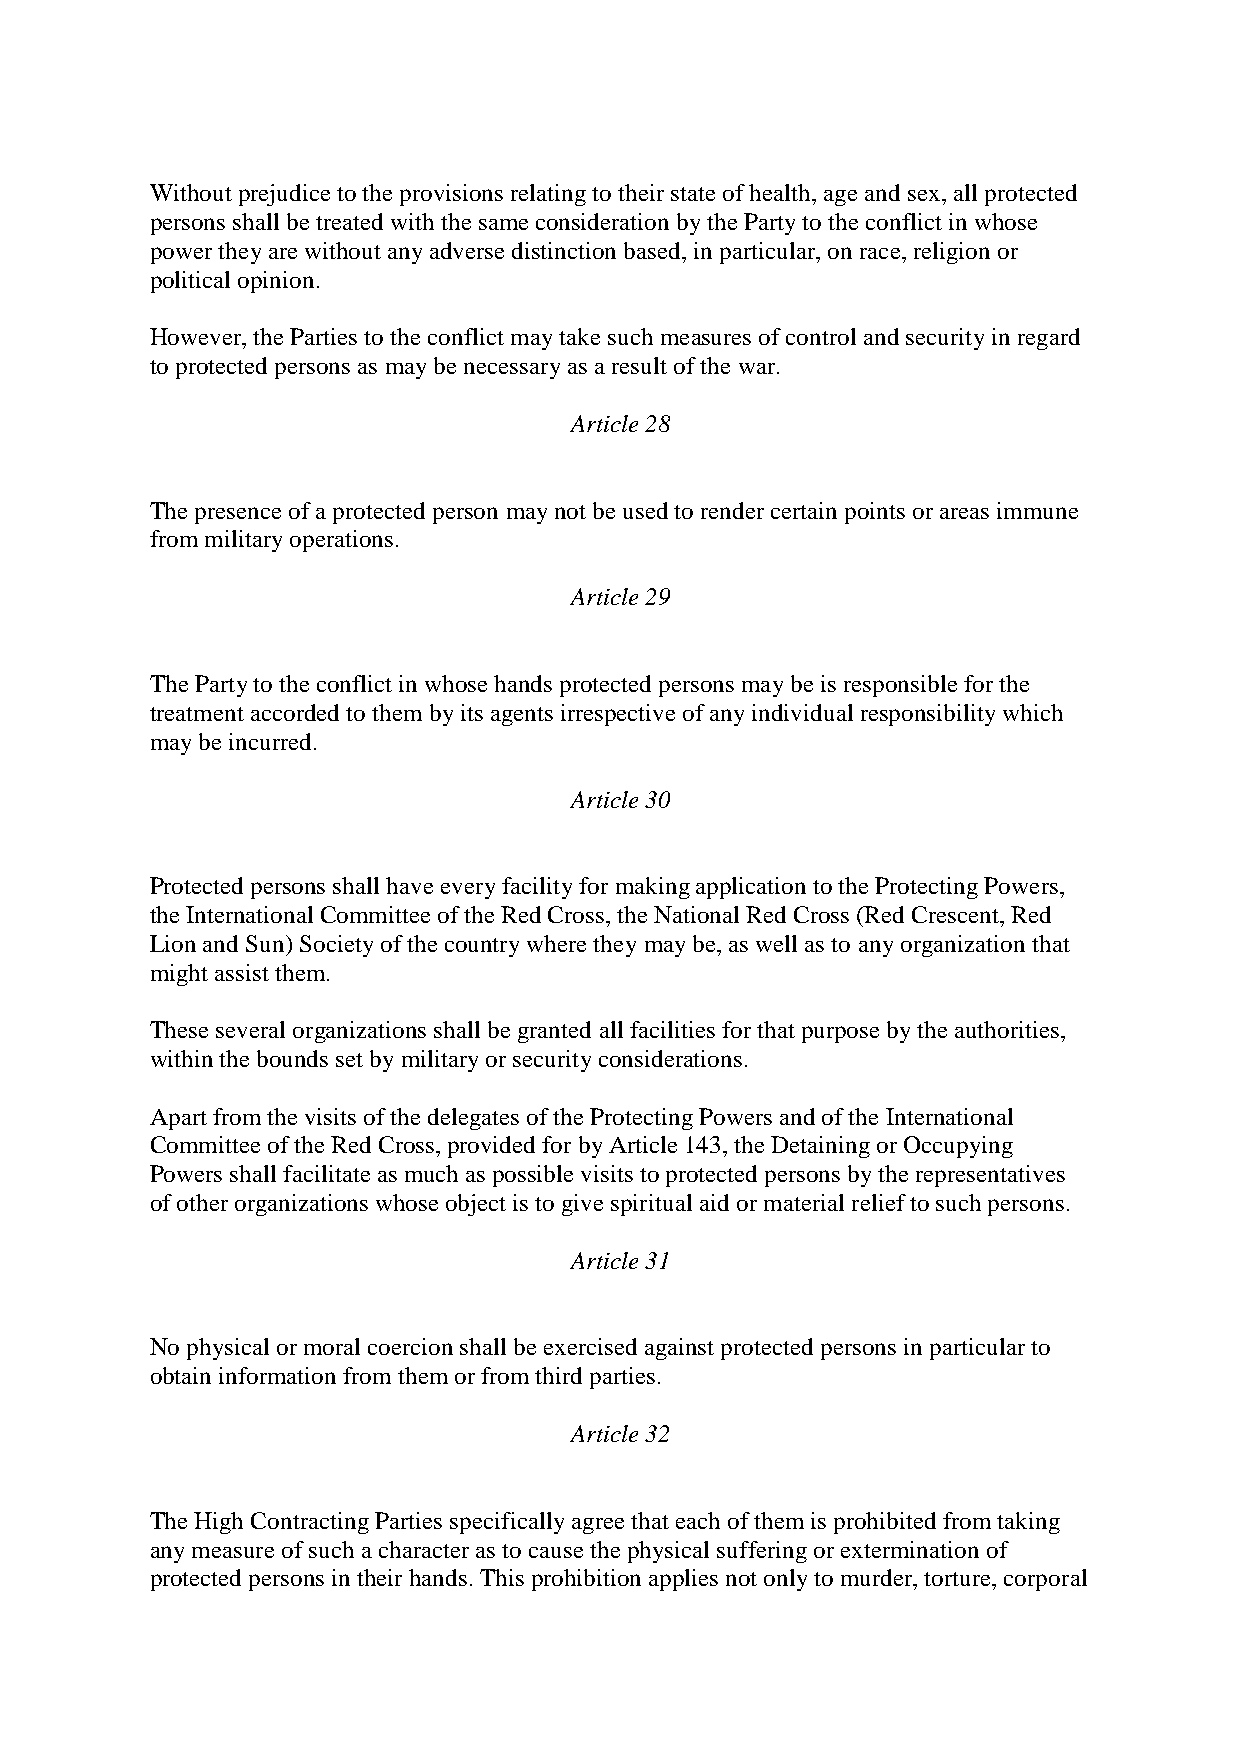
Without prejudice to the provisions relating to their state of health, age and sex, all protected
 persons shall be treated with the same consideration by the Party to the conflict in whose
 power they are without any adverse distinction based, in particular, on race, religion or
 political opinion.
 However, the Parties to the conflict may take such measures of control and security in regard
 to protected persons as may be necessary as a result of the war.
 Article 28
 The presence of a protected person may not be used to render certain points or areas immune
 from military operations.
 Article 29
 The Party to the conflict in whose hands protected persons may be is responsible for the
 treatment accorded to them by its agents irrespective of any individual responsibility which
 may be incurred.
 Article 30
 Protected persons shall have every facility for making application to the Protecting Powers,
 the International Committee of the Red Cross, the National Red Cross (Red Crescent, Red
 Lion and Sun) Society of the country where they may be, as well as to any organization that
 might assist them.
 These several organizations shall be granted all facilities for that purpose by the authorities,
 within the bounds set by military or security considerations.
 Apart from the visits of the delegates of the Protecting Powers and of the International
 Committee of the Red Cross, provided for by Article 143, the Detaining or Occupying
 Powers shall facilitate as much as possible visits to protected persons by the representatives
 of other organizations whose object is to give spiritual aid or material relief to such persons.
 Article 31
 No physical or moral coercion shall be exercised against protected persons in particular to
 obtain information from them or from third parties.
 Article 32
 The High Contracting Parties specifically agree that each of them is prohibited from taking
 any measure of such a character as to cause the physical suffering or extermination of
 protected persons in their hands. This prohibition applies not only to murder, torture, corporal